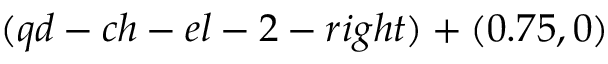
( q d - c h - e l - 2 - r i g h t ) + ( 0 . 7 5 , 0 )